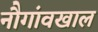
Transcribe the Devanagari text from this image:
नौगांवखाल